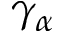
\gamma _ { \alpha }